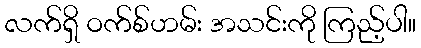
လက်ရှိ ဝက်စ်ဟမ်း အသင်းကို ကြည့်ပါ။